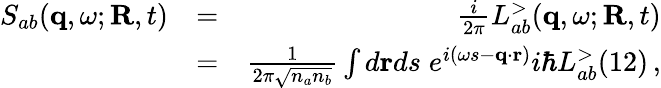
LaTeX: \begin{array}{rlr}{S_{ab}({\mathbf q},\omega;{\mathbf R},t)}&{=}&{\frac{i}{2\pi}L_{ab}^{>}({\mathbf q},\omega;{\mathbf R},t)}\\ &{=}&{\frac{1}{2\pi\sqrt{n_{a}n_{b}}}\int d{\mathbf r}ds\; e^{i(\omega s-{\mathbf q}\cdot{\mathbf r})}i\hbar L_{ab}^{>}(12)\, ,}\end{array}